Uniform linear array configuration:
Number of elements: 24
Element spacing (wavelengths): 1
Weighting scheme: uniform
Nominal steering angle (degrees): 45
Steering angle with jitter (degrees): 46.565
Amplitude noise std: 0.05
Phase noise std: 0.05

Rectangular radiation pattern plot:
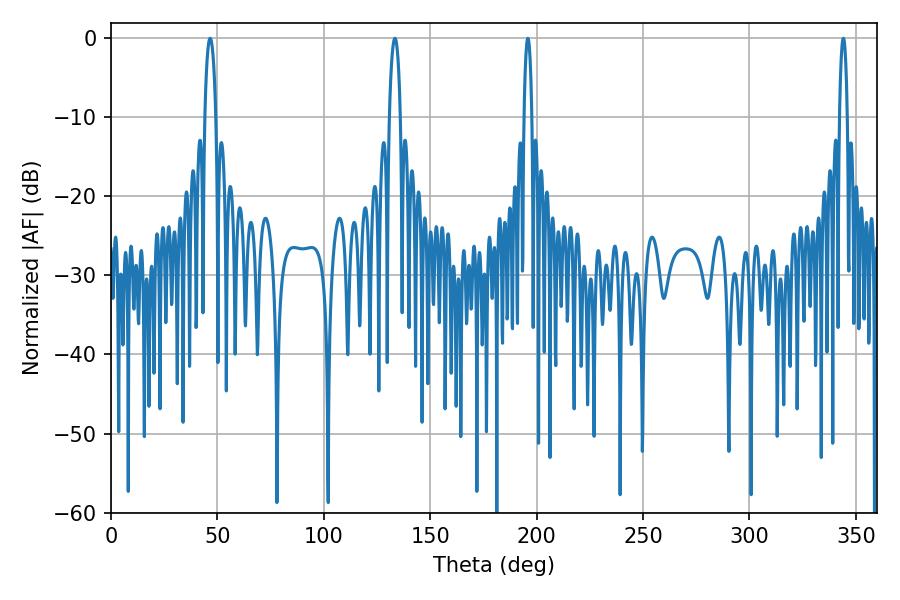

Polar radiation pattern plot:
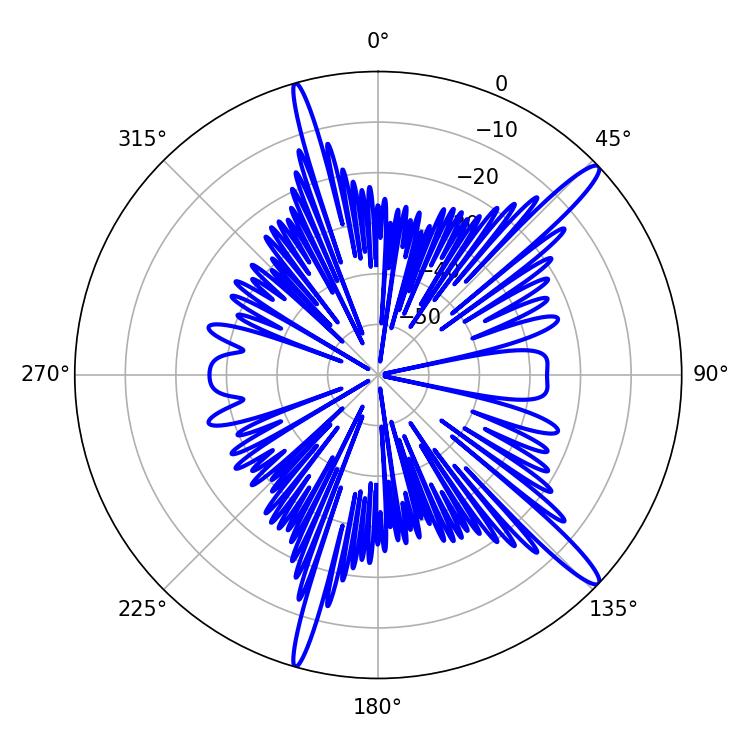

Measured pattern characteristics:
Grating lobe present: TRUE
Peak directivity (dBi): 14.996
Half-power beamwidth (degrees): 2.88
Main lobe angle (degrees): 46.62